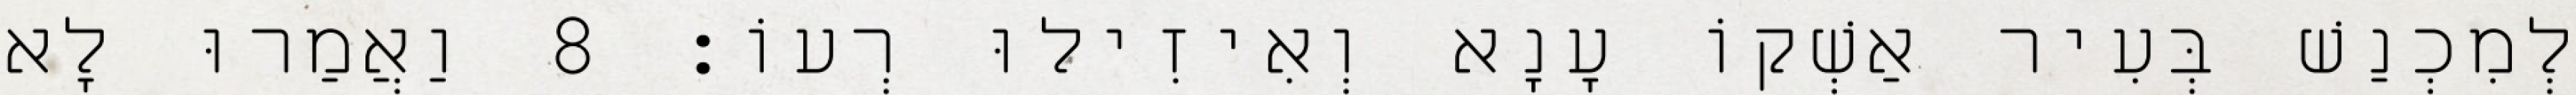
לְמִכְנַשׁ בְּעִיר אַשְׁקוֹ עָנָא וְאִיזִילוּ רְעוֹ׃ 8 וַאֲמַרוּ לָא